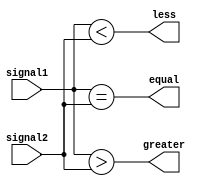
module Comparator (
    input [7:0] signal1,
    input [7:0] signal2,
    output equal,
    output greater,
    output less
);

assign equal = (signal1 == signal2);
assign greater = (signal1 > signal2);
assign less = (signal1 < signal2);

endmodule